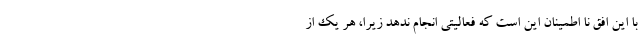
با این افق نا اطمینان این است که فعالیتی انجام ندهد زیرا، هر یک از